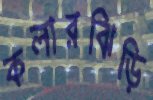
কলারঝিড়ি